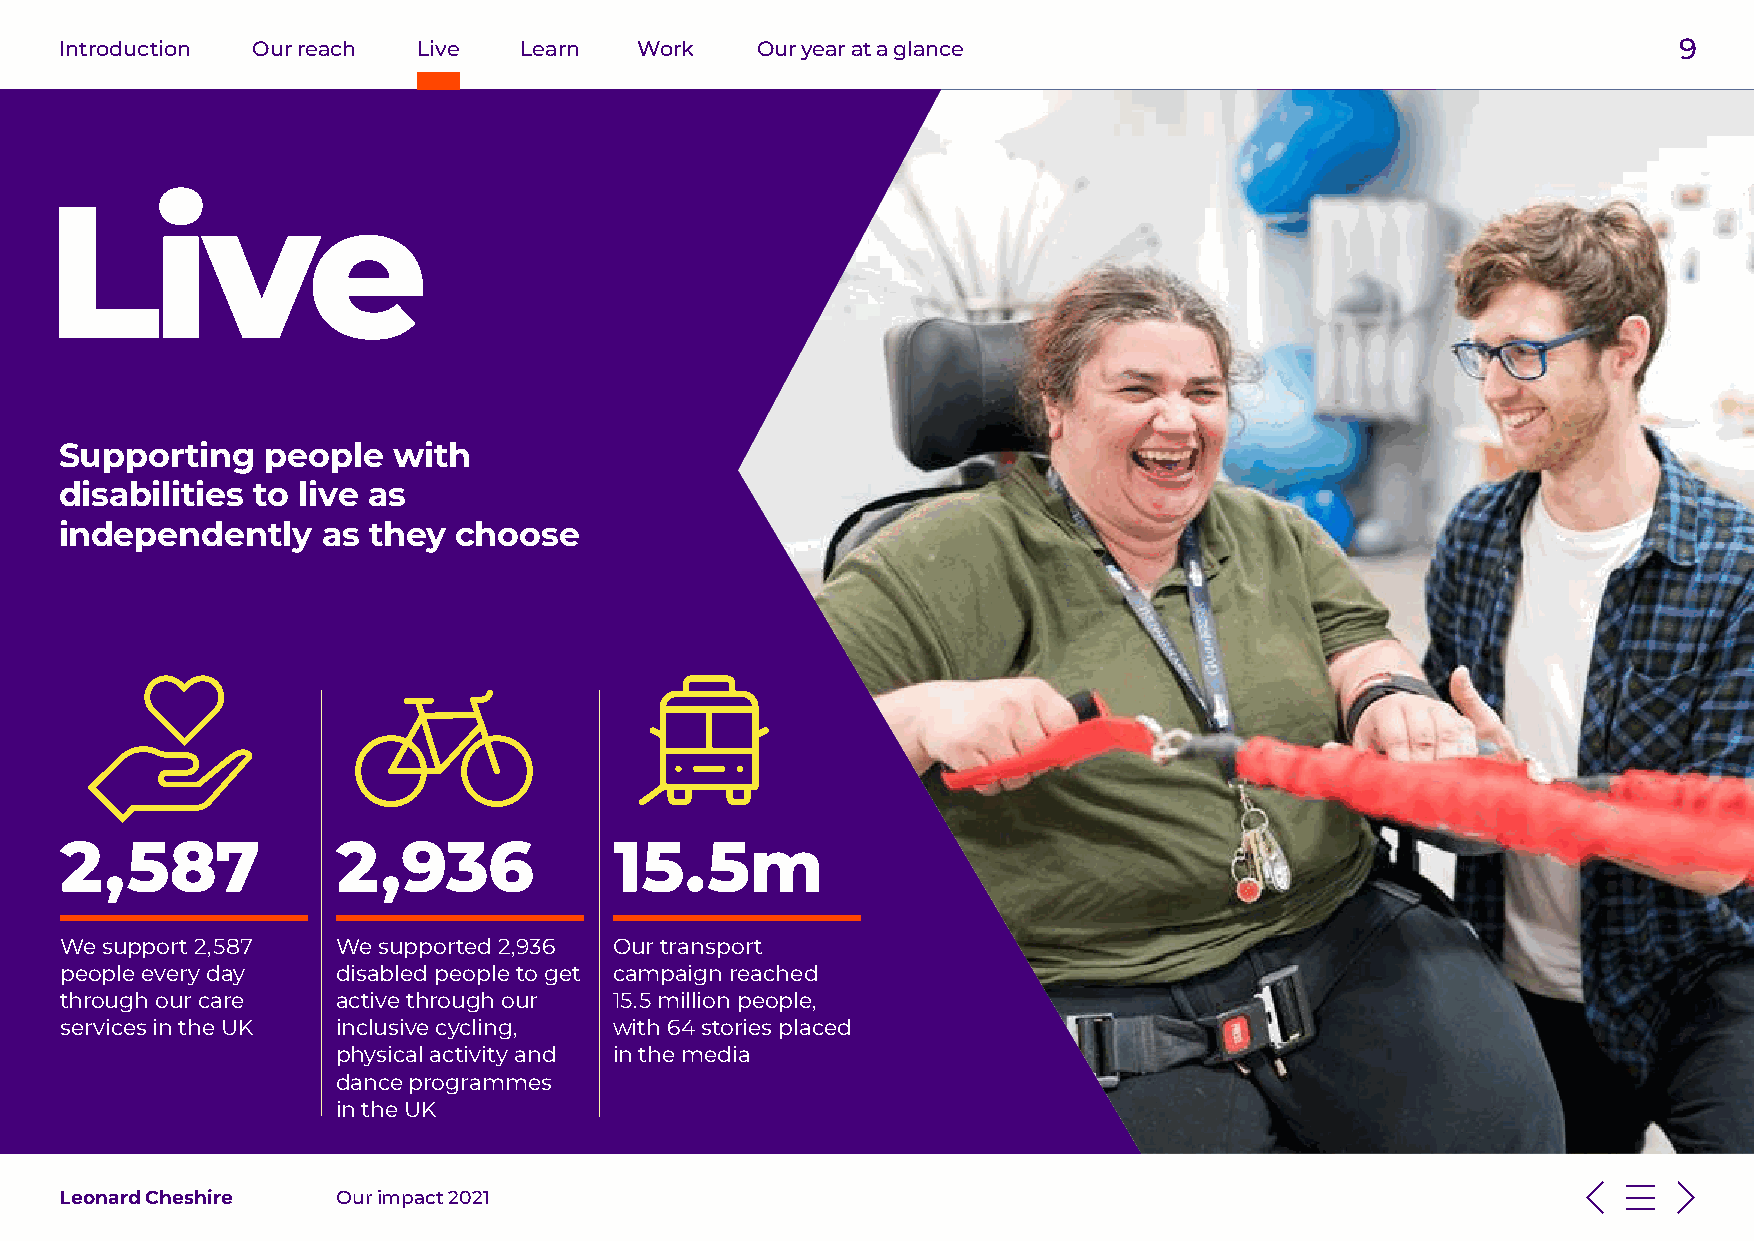
Introduction Our reach  Live  Learn   Work    Our year at a glance                                         9
 Live
 Supporting   people   with
 disabilities to live as
 independently    as they  choose
 2,587             2,936              15.5m
 We support 2,587  We supported 2,936 Our transport
 people every day  disabled people to get campaign reached
 through our care  active through our 15.5 million people,
 services in the UK inclusive cycling, with 64 stories placed
 physical activity and in the media
 dance programmes
 in the UK
 Leonard Cheshire  Our impact 2021